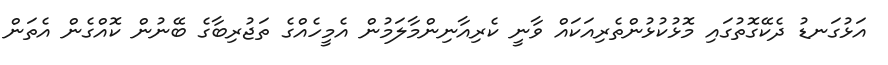
އަޅުގަނޑު ދެކޭގޮތުގައި މޮޅުކުޅުންތެރިއަކައް ވާނީ ކެރިއާނިންމާލަމުން އެމީހެއްގެ ތަޖުރިބާގެ ބޭނުން ކޮއްގެން އެތަން